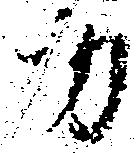
カ